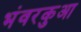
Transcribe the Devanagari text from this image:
भंवरकुआ